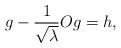
LaTeX: \begin{align*}g-\frac{1}{\sqrt{\lambda}}Og=h,\end{align*}